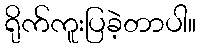
ရိုက်ကူးပြခဲ့တာပါ။